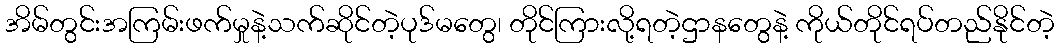
အိမ်တွင်းအကြမ်းဖက်မှုနဲ့သက်ဆိုင်တဲ့ပုဒ်မတွေ၊ တိုင်ကြားလို့ရတဲ့ဌာနတွေနဲ့ ကိုယ်တိုင်ရပ်တည်နိုင်တဲ့